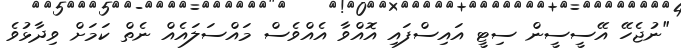
"ނުޖެހޭ އޭސީސީން ސިޓީ އައިސްފައި އޮއްވާ އެއްވެސް މައްސަލައެއް ނެތް ކަމަށް ވިދާޅުވެ